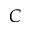
C